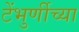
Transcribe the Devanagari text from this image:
टेंभुर्णीच्या